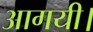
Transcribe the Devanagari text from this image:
आगयी।